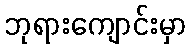
ဘုရားကျောင်းမှာ